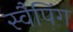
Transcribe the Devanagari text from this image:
स्वैपिंग